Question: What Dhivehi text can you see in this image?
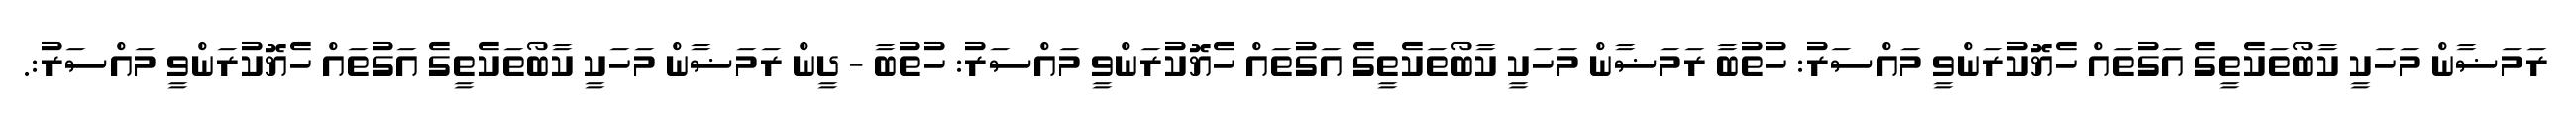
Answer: ރަމަޟާން މަހަކީ ކާބޯތަކެތީގެ އަގުތައް ހެޔޮކުރަންވީ މައްސަރު: ހުތުބާ ރަމަޟާން މަހަކީ ކާބޯތަކެތީގެ އަގުތައް ހެޔޮކުރަންވީ މައްސަރު: ހުތުބާ - ދީން ރަމަޟާން މަހަކީ ކާބޯތަކެތީގެ އަގުތައް ހެޔޮކުރަންވީ މައްސަރު:.